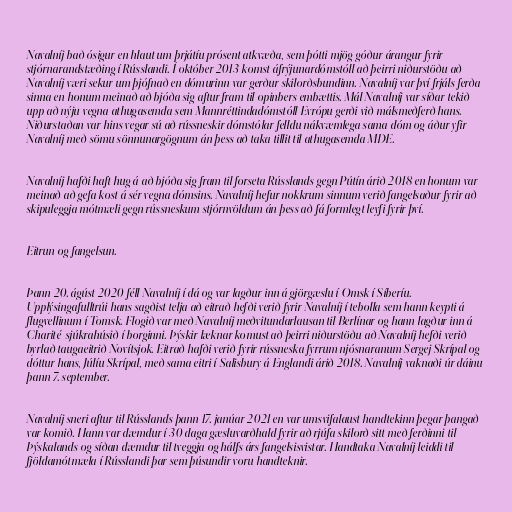
Navalníj bað ósigur en hlaut um þrjátíu prósent atkvæða, sem þótti mjög góður árangur fyrir
stjórnarandstæðing í Rússlandi. Í október 2013 komst áfrýjunardómstóll að þeirri niðurstöðu að
Navalníj væri sekur um þjófnað en dómurinn var gerður skilorðsbundinn. Navalníj var því frjáls ferða
sinna en honum meinað að bjóða sig aftur fram til opinbers embættis. Mál Navalníj var síðar tekið
upp að nýju vegna athugasemda sem Mannréttindadómstóll Evrópu gerði við málsmeðferð hans.
Niðurstaðan var hins vegar sú að rússneskir dómstólar felldu nákvæmlega sama dóm og áður yfir
Navalníj með sömu sönnunargögnum án þess að taka tillit til athugasemda MDE.

Navalníj hafði haft hug á að bjóða sig fram til forseta Rússlands gegn Pútín árið 2018 en honum var
meinað að gefa kost á sér vegna dómsins. Navalníj hefur nokkrum sinnum verið fangelsaður fyrir að
skipuleggja mótmæli gegn rússneskum stjórnvöldum án þess að fá formlegt leyfi fyrir því.

Eitrun og fangelsun.

Þann 20. ágúst 2020 féll Navalníj í dá og var lagður inn á gjörgæslu í Omsk í Síberíu.
Upplýsingafulltrúi hans sagðist telja að eitrað hefði verið fyrir Navalníj í tebolla sem hann keypti á
flugvellinum í Tomsk. Flogið var með Navalníj meðvitundarlausan til Berlínar og hann lagður inn á
Charité-sjúkrahúsið í borginni. Þýskir læknar komust að þeirri niðurstöðu að Navalníj hefði verið
byrlað taugaeitrið Novítsjok. Eitrað hafði verið fyrir rússneska fyrrum njósnaranum Sergej Skrípal og
dóttur hans, Júlíu Skrípal, með sama eitri í Salisbury á Englandi árið 2018. Navalníj vaknaði úr dáinu
þann 7. september.

Navalníj sneri aftur til Rússlands þann 17. janúar 2021 en var umsvifalaust handtekinn þegar þangað
var komið. Hann var dæmdur í 30 daga gæsluvarðhald fyrir að rjúfa skilorð sitt með ferðinni til
Þýskalands og síðan dæmdur til tveggja og hálfs árs fangelsisvistar. Handtaka Navalníj leiddi til
fjöldamótmæla í Rússlandi þar sem þúsundir voru handteknir.